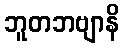
ဘူတဘဗျာနိ